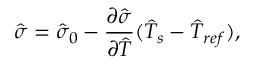
\hat { \sigma } = \hat { \sigma } _ { 0 } - \frac { \partial \hat { \sigma } } { \partial \hat { T } } ( \hat { T } _ { s } - \hat { T } _ { r e f } ) ,